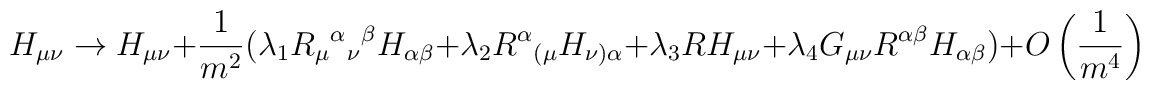
H_{\mu\nu} \rightarrow  H_{\mu\nu} + \frac{1}{m^2}\bigl( \lambda_1 R_\mu{}^\alpha{}_\nu{}^\beta H_{\alpha\beta}+ \lambda_2 R^\alpha{}_{(\mu} H_{\nu)\alpha}+ \lambda_3 R H_{\mu\nu}+ \lambda_4 G_{\mu\nu} R^{\alpha\beta} H_{\alpha\beta}\bigr)+ O \left(\frac{1}{m^4}\right)